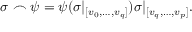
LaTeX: \sigma \frown \psi = \psi ( \sigma | _ { [ v _ { 0 } , \ldots , v _ { q } ] } ) \sigma | _ { [ v _ { q } , \ldots , v _ { p } ] } .